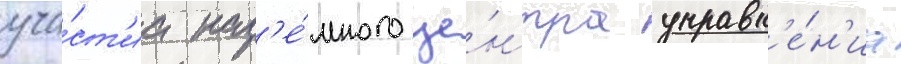
уча́ст'иа наз'е́много це́нтра управл'е́н'иа